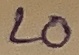
Text: LO